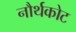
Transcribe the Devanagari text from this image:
नौर्थकोट